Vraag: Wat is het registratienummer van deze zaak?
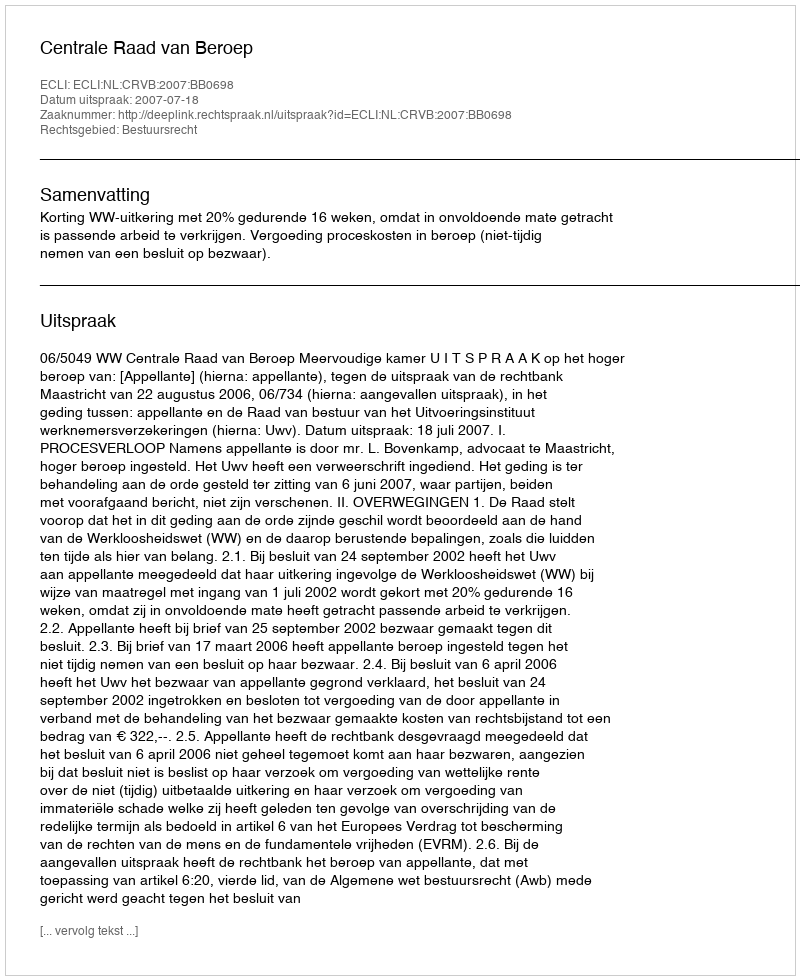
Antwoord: http://deeplink.rechtspraak.nl/uitspraak?id=ECLI:NL:CRVB:2007:BB0698